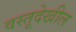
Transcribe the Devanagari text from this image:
वस्तूदेखील